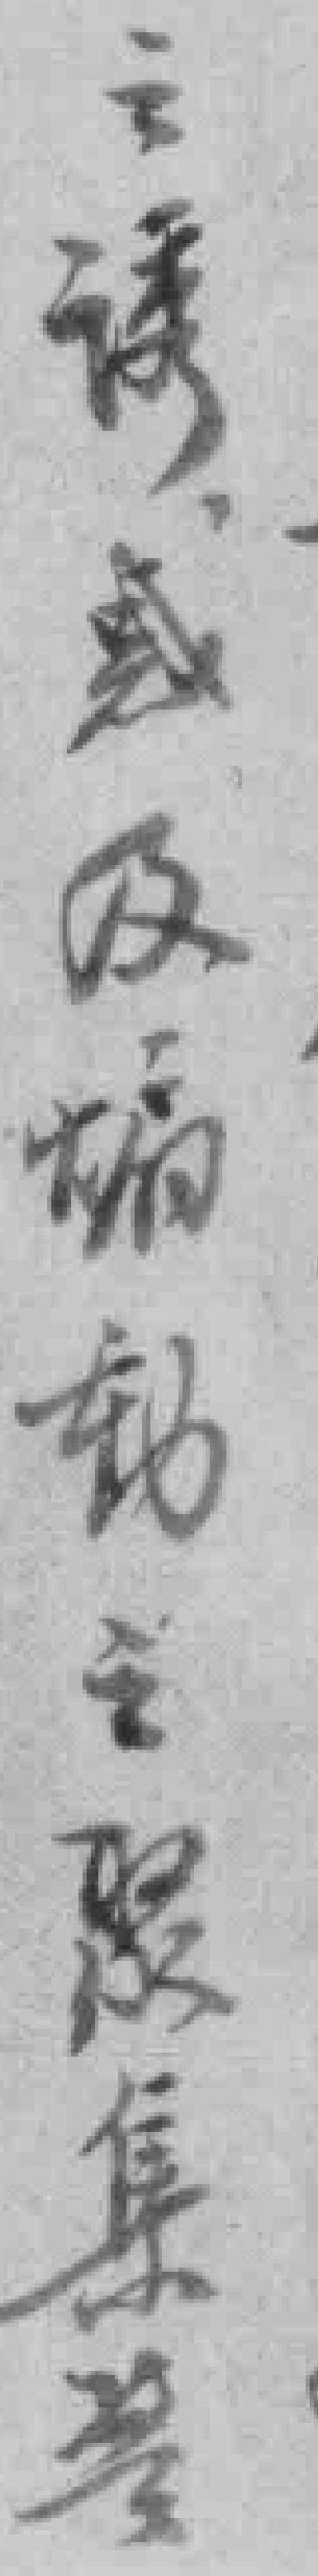
之诱惑及煽動之聚集警